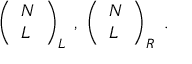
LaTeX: \left( \begin{array} { l } { { N } } \\ { { L } } \end{array} \right) _ { L } \; , \; \left( \begin{array} { l } { { N } } \\ { { L } } \end{array} \right) _ { R } \; .